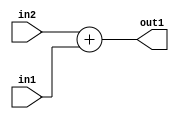
`timescale 1ps / 1ps
/*****************************************************************************
    Verilog RTL Description
    
    
    Created by: Stratus DpOpt 21.05.01 
*******************************************************************************/

module Filter_Add_5Ux1U_5U_4 (
	in2,
	in1,
	out1
	); /* architecture "behavioural" */ 
input [4:0] in2;
input  in1;
output [4:0] out1;
wire [4:0] asc001;

assign asc001 = 
	+(in2)
	+(in1);

assign out1 = asc001;
endmodule

/* CADENCE  urn4SA0= : u9/ySxbfrwZIxEzHVQQV8Q== ** DO NOT EDIT THIS LINE ******/